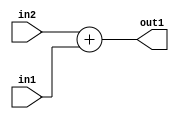
`timescale 1ps / 1ps
/*****************************************************************************
    Verilog RTL Description
    
    
    Created by: Stratus DpOpt 21.05.01 
*******************************************************************************/

module Filter_Add_5Ux1U_5U_4 (
	in2,
	in1,
	out1
	); /* architecture "behavioural" */ 
input [4:0] in2;
input  in1;
output [4:0] out1;
wire [4:0] asc001;

assign asc001 = 
	+(in2)
	+(in1);

assign out1 = asc001;
endmodule

/* CADENCE  urn4SA0= : u9/ySxbfrwZIxEzHVQQV8Q== ** DO NOT EDIT THIS LINE ******/